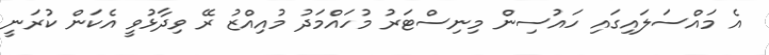
އެ މައްސަލައިގައި ހައުސިން މިނިސްޓަރު މުހައްމަދު މުއިއްޒު ރޭ ވިދާޅުވީ އެކަން ކުރަނީ